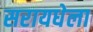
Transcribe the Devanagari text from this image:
सरायधेला